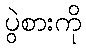
ပွဲစားကို